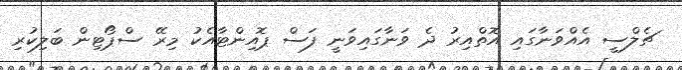
ޗެލްސީ އެއްވަނާގައި އޮތްއިރު ދެ ވަނާގައިވަނީ ފަސް ޕޮއިންޓާއެކު މިރޭ ސްޕޯޓިން ބަލިކުރި